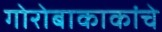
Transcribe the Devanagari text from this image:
गोरोबाकाकांचे